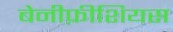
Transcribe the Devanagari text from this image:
बेनीफ़ीशियस